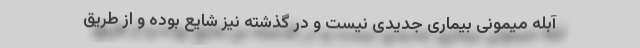
آبله میمونی بیماری جدیدی نیست و در گذشته نیز شایع بوده و از طریق